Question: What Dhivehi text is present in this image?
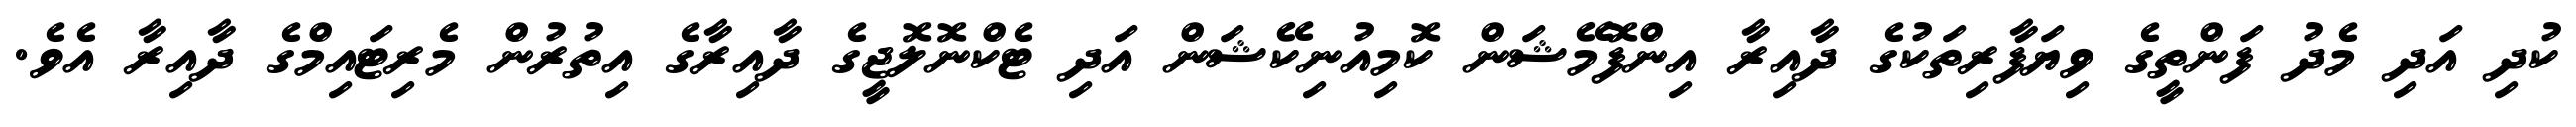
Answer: ކުދި އަދި މެދު ފަންތީގެ ވިޔަފާރިތަކުގެ ދާއިރާ އިންފޮމޭޝަން ކޮމިއުނިކޭޝަން އަދި ޓެކްނޮލޮޖީގެ ދާއިރާގެ އިތުރުން މެރިޓައިމްގެ ދާއިރާ އެވެ.